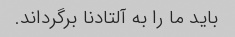
باید ما را به آلتادنا برگرداند.